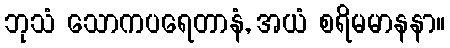
ဘုသံ သောကပရေတာနံ, အယံ စရိမမာနနာ။